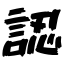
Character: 認